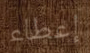
إعطاء